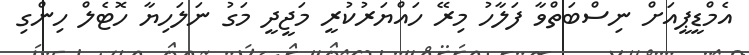
އެމްޑީޕީއަށް ނިސްބަތްވާ ފަލާހު މިރޭ ހައްޔަރުކުރީ މަޖީދީ މަގު ނަލަހިޔާ ހޮޓެލް ހިންގި